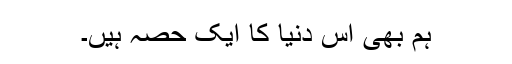
ہم بھی اس دنیا کا ایک حصہ ہیں۔